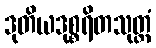
ဒုတိယဒုစ္စရိတသုတ္တံ